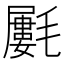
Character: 𣰢